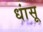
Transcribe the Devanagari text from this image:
धांसू